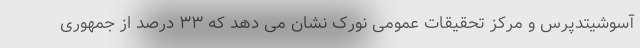
آسوشیتدپرس و مرکز تحقیقات عمومی نورک نشان می دهد که ۳۳ درصد از جمهوری